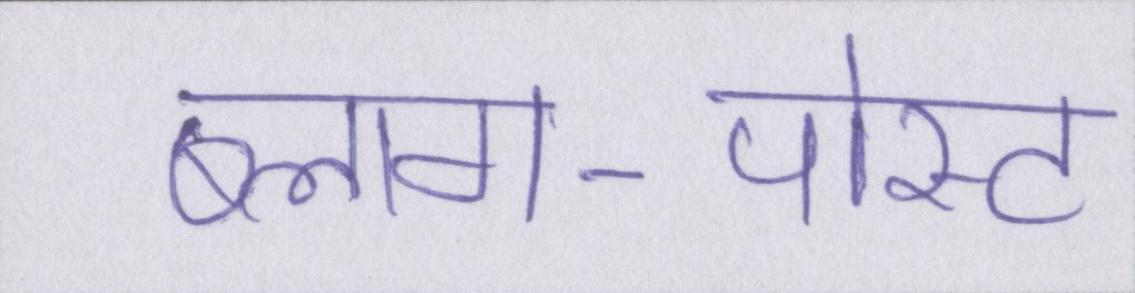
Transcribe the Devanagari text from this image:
ब्लाग-पोस्ट